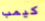
كيمب